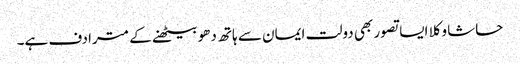
حاشا وکلا ایسا تصور بھی دولت ایمان سے ہاتھ دھو بیٹھنے کے مترادف ہے۔